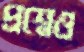
প্রশ্নেও